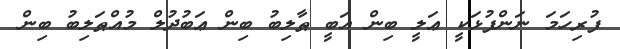
ފުރިހަމަ ނަންފުޅަކީ ޢަލީ ބިން އަބީ ޠާލިބު ބިން ޢަބުދުލް މުއްޠަލިބު ބިން